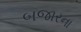
બજારના